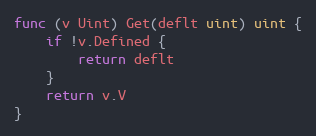
Language: Go
func (v Uint) Get(deflt uint) uint {
	if !v.Defined {
		return deflt
	}
	return v.V
}